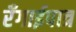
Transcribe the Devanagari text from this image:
रँगाईपात्र